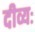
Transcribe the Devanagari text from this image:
दीव्यः